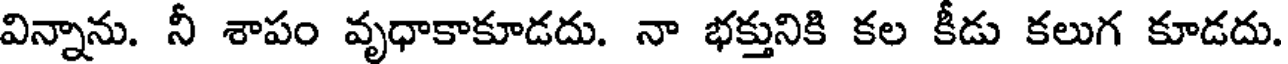
విన్నాను. నీ శాపం వృధాకాకూడదు. నా భక్తునికి కల కీడు కలుగ కూడదు.